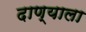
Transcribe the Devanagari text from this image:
दाण्याला